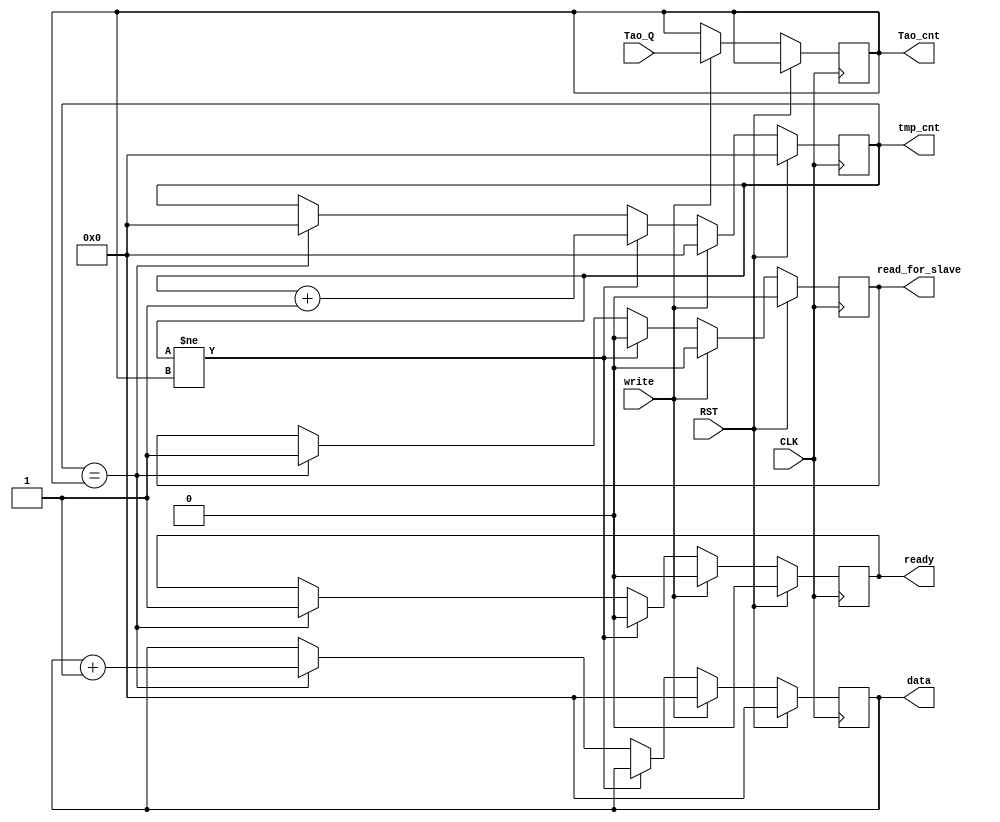
module PlsCnt(CLK, RST, Tao_cnt,Tao_Q,write, data,tmp_cnt,ready,read_for_slave);
input CLK,RST,write;
input [31:0] Tao_Q;
output reg [31:0] Tao_cnt=8'hff;
output reg [31:0] data=0;
output reg ready=0;
output reg read_for_slave=0;
output reg [31:0] tmp_cnt=0;
//reg [31:0] Tao_cnt1=16'hFFFF;
always @(posedge CLK)
		if (RST) begin
			tmp_cnt<=0;
			data<=0;
			ready<=0;
			read_for_slave<=0;
			end
		else if (write) begin
			Tao_cnt<=Tao_Q;
			tmp_cnt<=0;
			data<=0;
			ready<=0;
			read_for_slave<=0;
			end
		else if (tmp_cnt!=Tao_cnt) begin
			tmp_cnt<=tmp_cnt+1;
			ready<=0;
			read_for_slave<=0;
			end
			
		else if (tmp_cnt==Tao_cnt)begin
			data<=data+1;
			ready<=1;
			tmp_cnt<=0;
			read_for_slave<=1;
			end	

endmodule